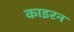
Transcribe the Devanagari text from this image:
काइरन